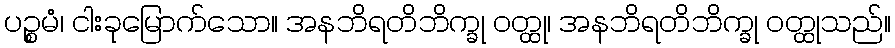
ပဉ္စမံ၊ ငါးခုမြောက်သော။ အနဘိရတိဘိက္ခု ဝတ္ထု၊ အနဘိရတိဘိက္ခု ဝတ္ထုသည်။